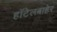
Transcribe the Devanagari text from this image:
हॉटेलबाहेर